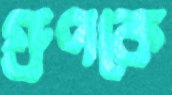
গ্রুপকে